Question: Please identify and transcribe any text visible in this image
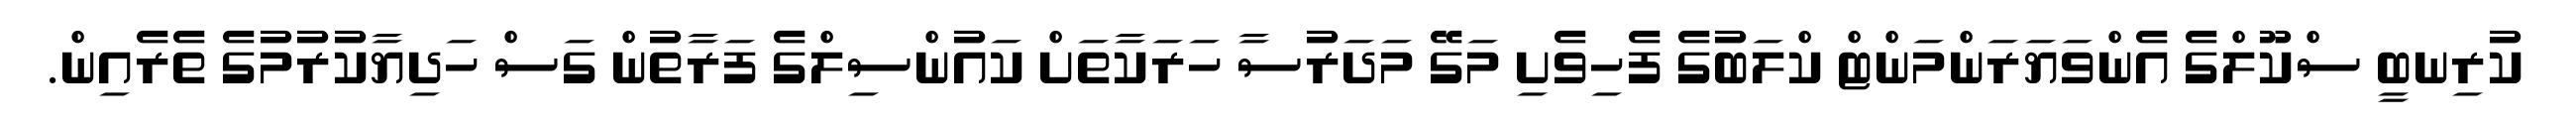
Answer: ކުރިނބީ ސްކޫލްގެ އެންވަޔަރަންމަންޓް ކްލަބުގެ ފެހިވެށި މަގޭ މަދަރުސާ ހަރަކާތަށް ކައުންސިލްގެ ފަރާތުން ގަސް ހަދިޔާކުރުމުގެ ތެރެއިން.